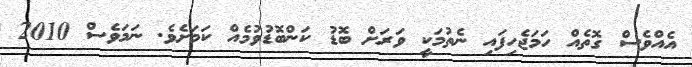
އެއްވެސް ގޮތެއް ހަމަޖެހިފައި ނެތުމަކީ ވަރަށް ބޮޑު ކަންބޮޑުވުމެއް ކަމަށެވެ. ނަމަވެސް 2010